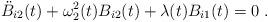
LaTeX: \begin{align*}\ddot{B}_{i2}(t)+\omega_2^2(t)B_{i2}(t)+\lambda(t)B_{i1}(t)=0\;.\end{align*}